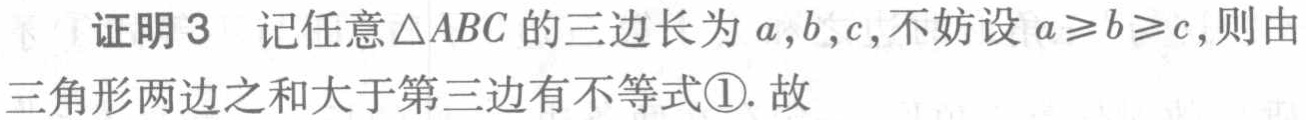
证明3 记任意$\triangle ABC$的三边长为$a,b,c$,不妨设$a\geqslant b\geqslant c$,则由三角形两边之和大于第三边有不等式\textcircled{1}. 故